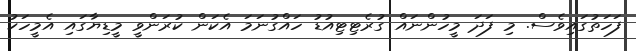
ފަހަތުގައިވެސް. މި ފަދަ މީހުންނައް ގުރެޓިޓިއުޑު ހައްގުނަމަ އެކަން ކުރަންވީ މީޑިޔާގައި އެމީހަކު